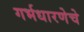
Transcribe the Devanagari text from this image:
गर्भधारणेचे